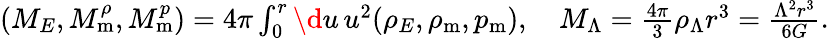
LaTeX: \begin{array}{r}{(M_{E},M_{\mathrm{m}}^{\rho},M_{\mathrm{m}}^{p})=4\pi\int_{0}^{r}\d u\, u^{2}(\rho_{E},\rho_{\mathrm{m}},p_{\mathrm{m}}),\quad M_{\Lambda}=\frac{4\pi}{3}\rho_{\Lambda}r^{3}=\frac{\Lambda^{2}r^{3}}{6G}.}\end{array}